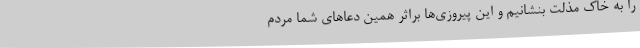
را به خاک مذلت بنشانیم و این پیروزی‌ها براثر همین دعاهای شما مردم